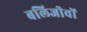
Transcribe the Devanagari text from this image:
बलिजीवों